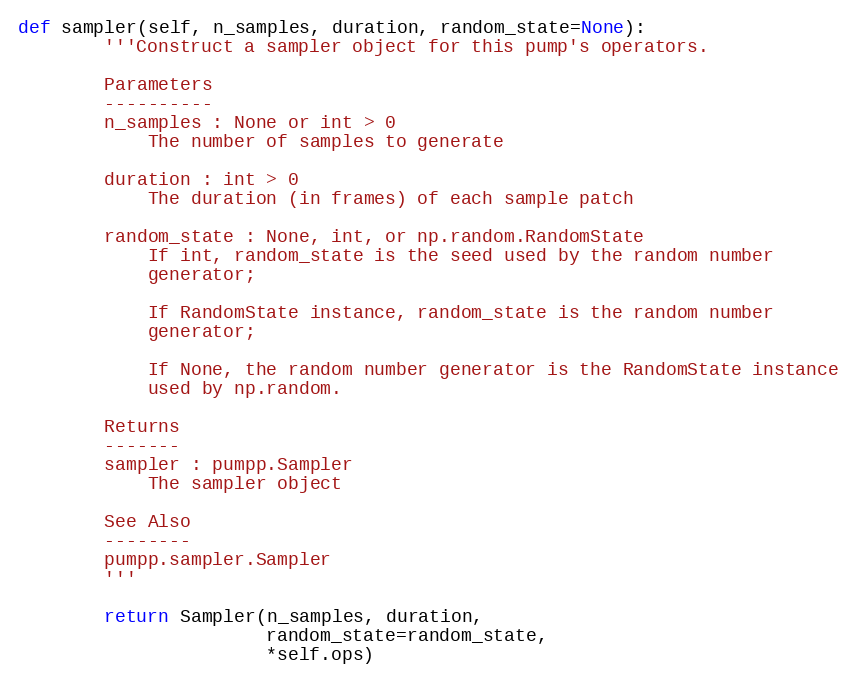
Language: Python
def sampler(self, n_samples, duration, random_state=None):
        '''Construct a sampler object for this pump's operators.

        Parameters
        ----------
        n_samples : None or int > 0
            The number of samples to generate

        duration : int > 0
            The duration (in frames) of each sample patch

        random_state : None, int, or np.random.RandomState
            If int, random_state is the seed used by the random number
            generator;

            If RandomState instance, random_state is the random number
            generator;

            If None, the random number generator is the RandomState instance
            used by np.random.

        Returns
        -------
        sampler : pumpp.Sampler
            The sampler object

        See Also
        --------
        pumpp.sampler.Sampler
        '''

        return Sampler(n_samples, duration,
                       random_state=random_state,
                       *self.ops)